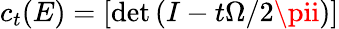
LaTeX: c_{t}(E)=[\operatorname*{d\mathrm{e}t}\left(I-t{\Omega/2\pii}\right)]